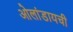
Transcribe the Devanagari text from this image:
ओलांडायची